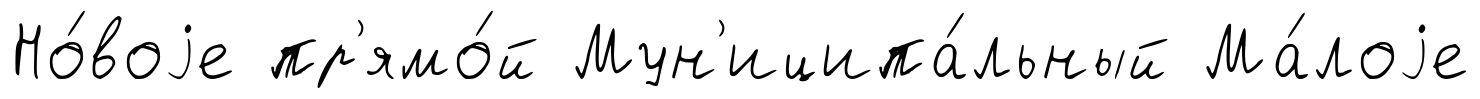
Но́воjе пр'ямо́й Мун'иципа́льный Ма́лоjе